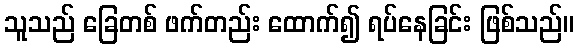
သူသည် ခြေတစ် ဖက်တည်း ထောက်၍ ရပ်နေခြင်း ဖြစ်သည်။